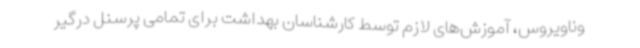
وناویروس، آموزش‌های لازم توسط کارشناسان بهداشت برای تمامی پرسنل درگیر